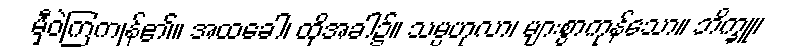
မှီဝဲကြကုန်၏။ အထခေါ၊ ထိုအခါ၌။ သမ္ပဟုလာ၊ များစွာကုန်သော။ ဘိက္ခူ၊